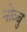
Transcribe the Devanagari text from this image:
नोव्बु